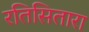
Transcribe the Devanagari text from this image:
रतिसितारा